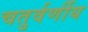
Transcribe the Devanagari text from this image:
चतुर्वर्णीय